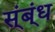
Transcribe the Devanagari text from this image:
स्ंब्ंध